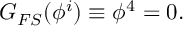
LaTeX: G _ { F S } ( \phi ^ { i } ) \equiv \phi ^ { 4 } = 0 .